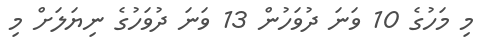
މި މަހުގެ 10 ވަނަ ދުވަހުން 13 ވަނަ ދުވަހުގެ ނިޔަލަށް މި